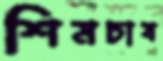
শিমচাষ